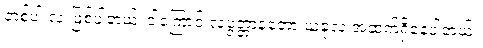
တစ်ပါးလဲ ဖြစ်ပါတယ်၊ ဒါ့ကြောင့် လပွတ္တာနဲ့တော့ ယခုလဲ အဆက်ရှိနေပါတယ်။